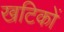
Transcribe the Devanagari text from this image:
खटिकों